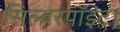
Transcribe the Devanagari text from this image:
सिल्वरपॉइंट।